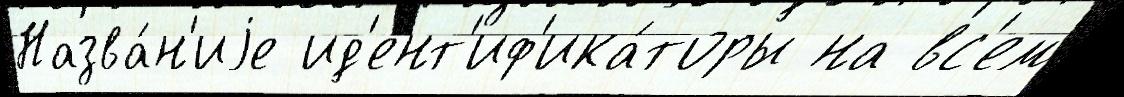
Назва́н'иjе ид'ент'иф'ика́торы на вс'ем